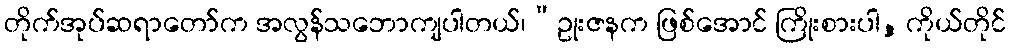
တိုက်အုပ်ဆရာတော်က အလွန်သဘောကျပါတယ်၊“ဥုးဇနက ဖြစ်အောင် ကြိုးစားပါ, ကိုယ်တိုင်